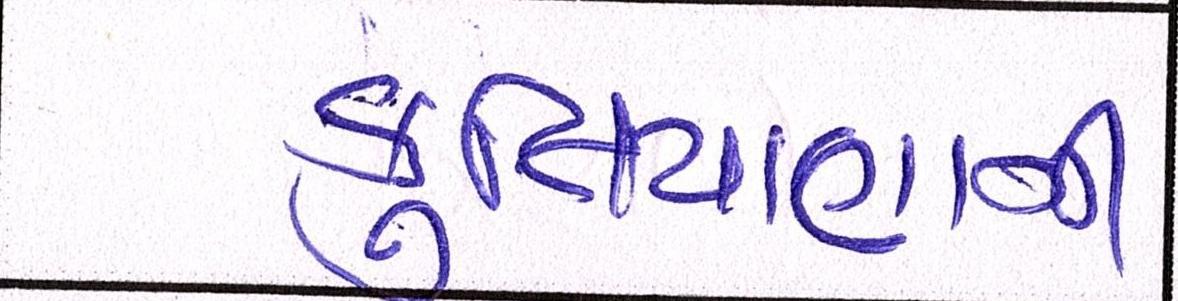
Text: કુતિયાણાની